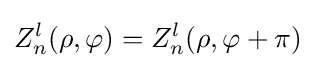
Z_{n}^{l}(\rho ,\varphi )=Z_{n}^{l}(\rho ,\varphi +\pi )